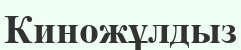
Киножұлдыз